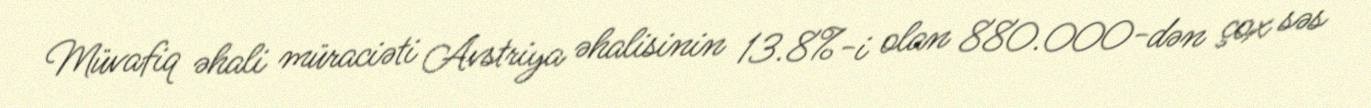
Müvafiq əhali müraciəti Avstriya əhalisinin 13.8%-i olan 880.000-dən çox səs